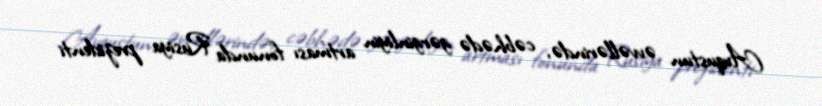
Avqustun əvvəllərində, cəbhədə gərginliyin artması fonunda Rusiya prezidenti